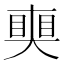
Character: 𥈜